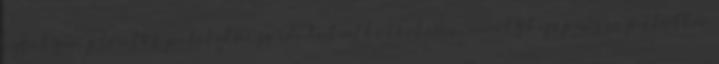
egy olyan jelentős politikai fordulat alkotóeleme, amely kifejezésre juttatta,